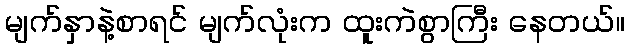
မျက်နှာနဲ့စာရင် မျက်လုံးက ထူးကဲစွာကြီး နေတယ်။